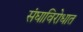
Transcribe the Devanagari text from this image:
संघाविरोधात